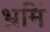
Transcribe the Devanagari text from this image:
भ्रमिं